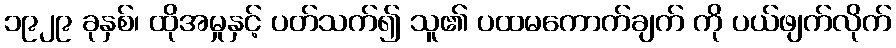
၁၉၂၉ ခုနှစ်၊ ထိုအမှုနှင့် ပတ်သက်၍ သူ၏ ပထမကောက်ချက် ကို ပယ်ဖျက်လိုက်